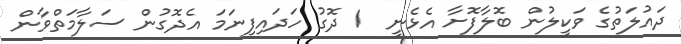
ދައުލަތުގެ ވަކީލުން ބޮލާފޮށާ އެޅެނީ  1 ދޮގު ހަދައިފިނަމަ އެދޮގުން ސަލާމަތްވާން